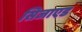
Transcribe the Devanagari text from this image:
सिजाएड